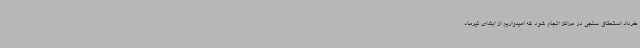
خرداد استحقاق سنجی در مراکز انجام شود که امیدواریم از ابتدای تیرماه